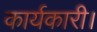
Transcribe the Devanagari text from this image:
कार्यकारी।